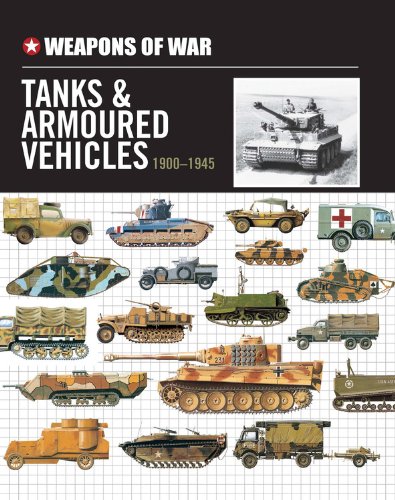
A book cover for Weapons of War Tanks & Armored Vehicles 1900-1945; Arts & Photography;